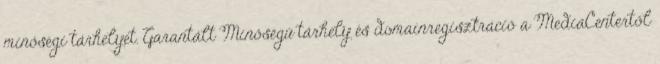
minőségi tárhelyet. Garantált Minőségű tárhely és domainregisztráció a MediaCentertől